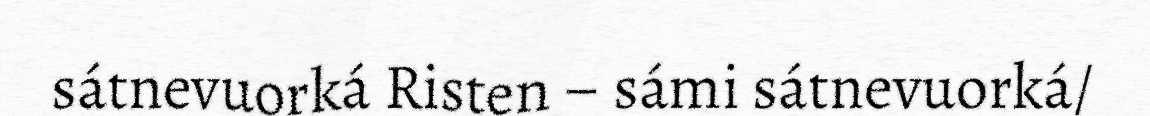
sátnevuorká Risten – sámi sátnevuorká/